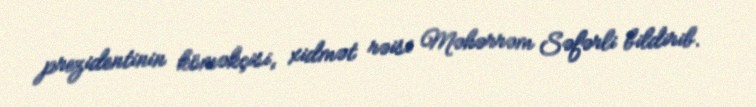
prezidentinin köməkçisi, xidmət rəisi Məhərrəm Səfərli bildirib.